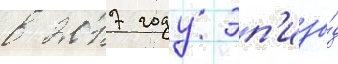
в 2017 году эп'изо́д